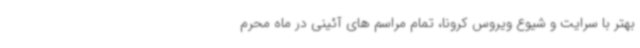
بهتر با سرایت و شیوع ویروس کرونا، تمام مراسم های آئینی در ماه محرم